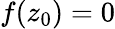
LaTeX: f(z_{0})=0